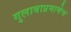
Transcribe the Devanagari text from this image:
गुलाबाप्रमाणेच